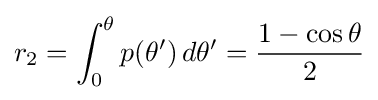
r_{2}=\int _{0}^{\theta }p(\theta ')\,d\theta '={\frac {1-\cos \theta }{2}}